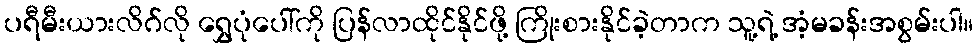
ပရီမီးယားလိဂ်လို ရွှေပုံပေါ်ကို ပြန်လာထိုင်နိုင်ဖို့ ကြိုးစားနိုင်ခဲ့တာက သူ့ရဲ့ အံ့မခန်းအစွမ်းပါ။